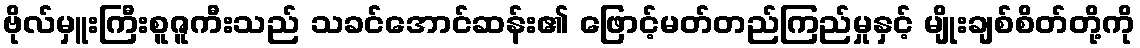
ဗိုလ်မှူးကြီးစူဇူကီးသည် သခင်အောင်ဆန်း၏ ဖြောင့်မတ်တည်ကြည်မှုနှင့် မျိုးချစ်စိတ်တို့ကို